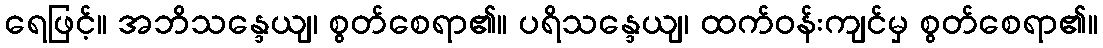
ရေဖြင့်။ အဘိသန္ဒေယျ၊ စွတ်စေရာ၏။ ပရိသန္ဒေယျ၊ ထက်ဝန်းကျင်မှ စွတ်စေရာ၏။